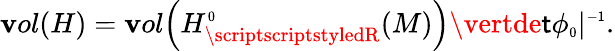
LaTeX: \mathbf{v}ol(H)=\mathbf{v}ol\Bigl(H_{\scriptscriptstyledR}^{\scriptscriptstyle0}(M)\Bigr)\vertde\mathsf{t}\phi_{\scriptscriptstyle0}\vert^{\scriptscriptstyle-1}.